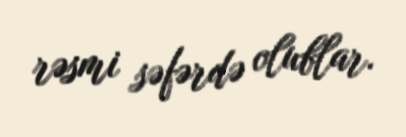
rəsmi səfərdə olublar.